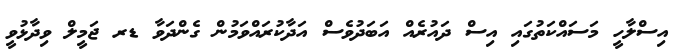
އިސްލާހީ މަސައްކަތުގައި އިސް ދައުރެއް އަބަދުވެސް އަދާކުރައްވަމުން ގެންދަވާ ޑރ ޖަމީލް ވިދާޅުވީ